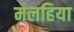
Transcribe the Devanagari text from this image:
मलहिया